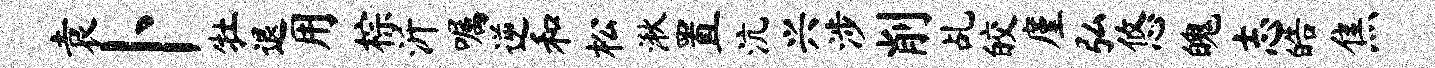
袁卜牡退用棕沂嘱逆和松湫置沆兴涉削乩皎廑弘悠魄志皓焦